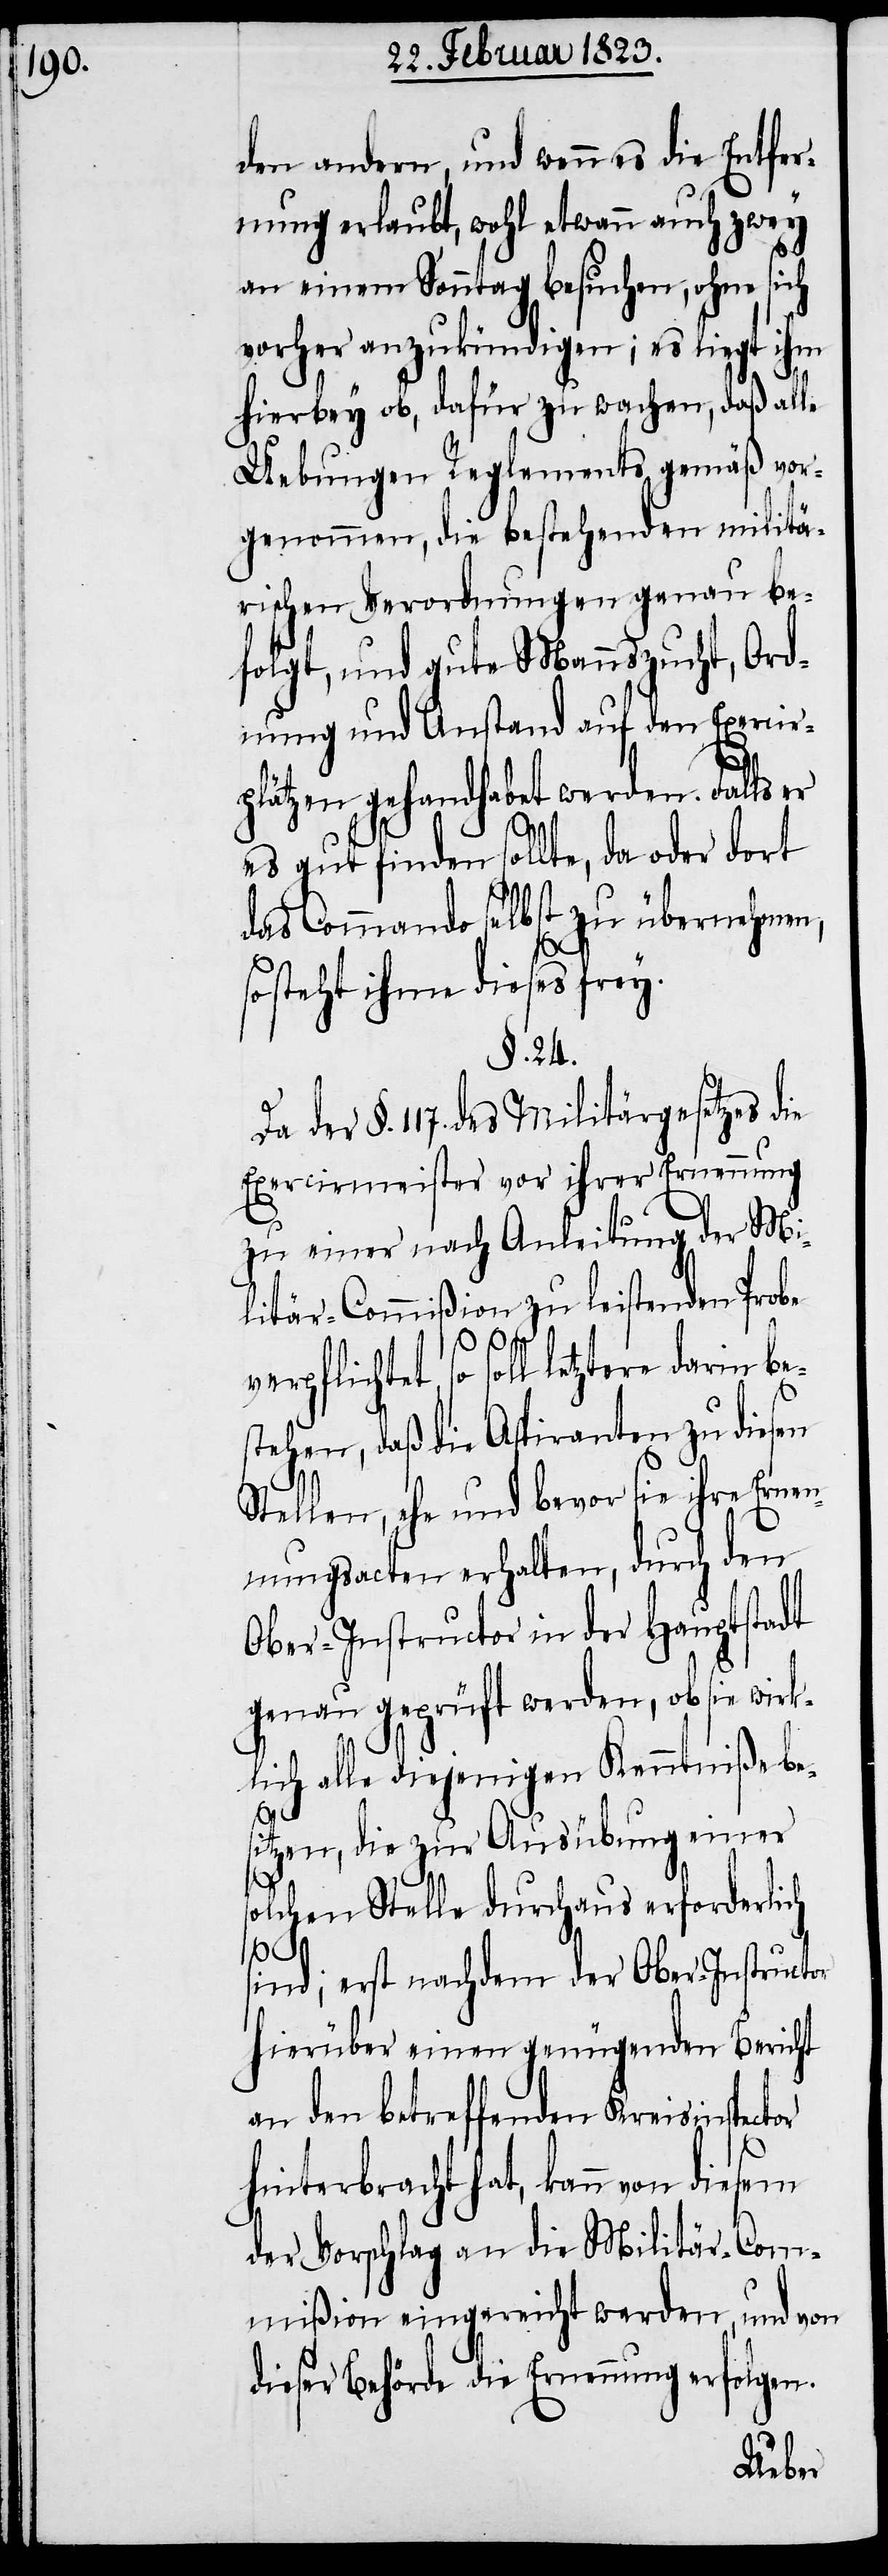
den andern, und wenn es die Entfer¬
nung erlaubt, wohl etwann auch zwey
an einem Sonntag besuchen, ohne sich
vorher anzukündigen; es liegt ihm
hierbey ob, dafür zu wachen, daß alle
Uebungen Reglements gemäß vor¬
genommen, die bestehenden militä¬
rischen Verordnungen genau be¬
folgt, und gute Mannszucht, Ord¬
nung und Anstand auf den Exercir¬
plätzen gehandhabet werden. Falls er
es gut finden sollte, da oder dort
das Commando selbst zu übernehmen,
steht ihme dieses frey.
§. 24.
der §. 117. des Militärgesetzes die
Exercirmeister vor ihrer Ernennung
zu einer nach Anleitung der Mi¬
litär-Commißion zu leistenden Probe
verpflichtet, so soll letztere da¬
stehen, daß die Aspiranten zu diesen
Stellen, ehe und bevor sie ihre Erne¬
nnungsacten erhalten, durch den
Ober-Instructor in der Hauptstadt
genau geprüft werden, ob sie wirk¬
lich alle diejenigen Kenntniße be¬
sitzen, die zur Ausübung einer
solchen Stelle durchaus erforderlich
sind; erst nachdem der Ober-Instructor
hierüber einen genügenden Bericht
an den betreffenden Kreisinspector
hinterbracht hat, kann von
der Vorschlag an die Militär-Com¬
mißion eingereicht werden, und von
dieser Behörde die Ernennung erfolgen.
rin be¬